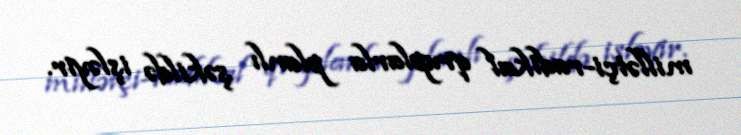
millətçi-radikal qruplarla planlı şəkildə işləyir.